Leaving Certificate Examination (including Day School Certificate (Higher) General paper), 1933
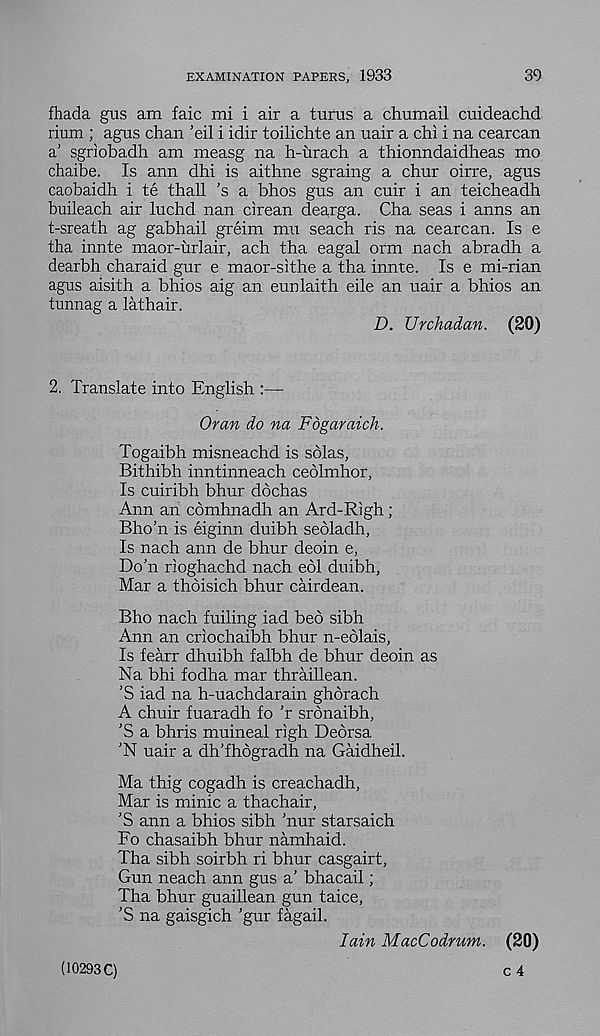
EXAMINATION PAPERS, 1933
39
fhada gus am faic mi i air a turns a chumail cuideachd
rium ; agus chan ’eil i idir toilichte an uair a chi i na cearcan
a' sgriobadh am measg na h-urach a thionndaidheas mo
chaibe. Is ann dhi is aithne sgraing a chur oirre, agus
caobaidh i te thall ’s a bhos gus an cuir i an teicheadh
buileach air luchd nan cirean dearga. Cha seas i anns an
t-sreath ag gabhail greim mu seach ris na cearcan. Is e
tha innte maor-urlair, ach tha eagal orm nach abradh a
dearbh charaid gur e maor-sithe a tha innte. Is e mi-rian
agus aisith a bhios aig an eunlaith eile an uair a bhios an
tunnag a lathair.
D. Urchadan. (20)
2. Translate into English :—
Oran do na Fbgaraich.
Togaibh misneachd is solas,
Bithibh inntinneach ceolmhor,
Is cuiribh bhur dochas
Ann an comhnadh an Ard-Righ;
Bho’n is eiginn duibh seoladh,
Is nach ann de bhur deoin e,
Do’n rioghachd nach eol duibh,
Mar a thdisich bhur cairdean.
Bho nach fuiling iad bed sibh
Ann an criochaibh bhur n-eolais,
Is fearr dhuibh falbh de bhur deoin as
Na bhi fodha mar thraillean.
’S iad na h-uachdarain ghorach
A chuir fuaradh fo ’r sronaibh,
’S a bhris muineal righ Dedrsa
’N uair a dh’fhdgradh na Gaidheil.
Ma thig cogadh is creachadh,
Mar is minic a thachair,
’S ann a bhios sibh 'nur starsaich
Fo chasaibh bhur namhaid.
Tha sibh soirbh ri bhur casgairt,
Gun neach ann gus a’ bhacail;
Tha bhur guaillean gun taice,
'S na gaisgich 'gur fagail.
Iain MacCodrum. (20)
c 4
(10293 C)